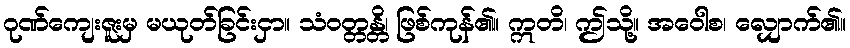
ဂုဏ်ကျေးဇူးမှ မယုတ်ခြင်းငှာ။ သံဝတ္တန္တိ၊ ဖြစ်ကုန်၏။ ဣတိ၊ ဤသို့။ အဝေါစ၊ လျှောက်၏။